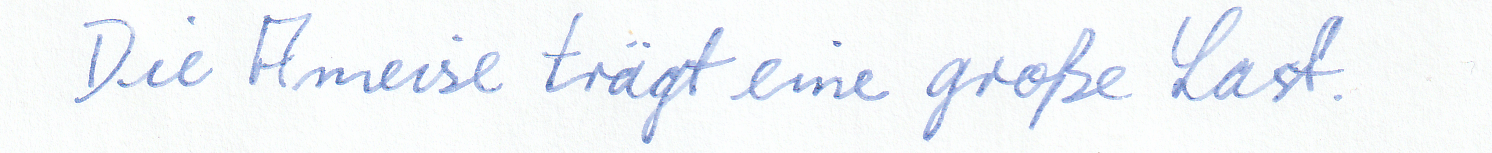
Die Ameise trägt eine große Last.